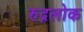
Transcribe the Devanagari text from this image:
रुद्रलोक